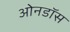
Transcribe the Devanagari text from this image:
ओनडॉस